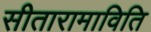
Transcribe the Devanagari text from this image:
सीतारामाविति